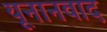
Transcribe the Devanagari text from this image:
यूनानवाद